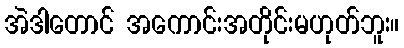
အဲဒါတောင် အကောင်းအတိုင်းမဟုတ်ဘူး။